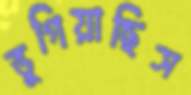
ভুগিয়াছিস